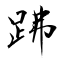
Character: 𧿳